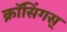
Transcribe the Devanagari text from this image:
क्रॉसिंगस्